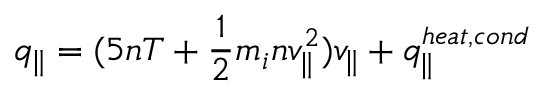
q _ { \parallel } = ( 5 n T + \frac { 1 } { 2 } m _ { i } n v _ { \parallel } ^ { 2 } ) v _ { \parallel } + q _ { \parallel } ^ { h e a t , c o n d }